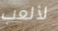
لألعب